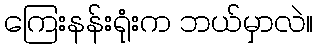
ကြေးနန်းရုံးက ဘယ်မှာလဲ။